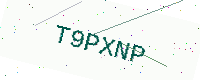
Text: T9PXNP